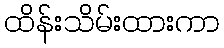
ထိန်းသိမ်းထားကာ